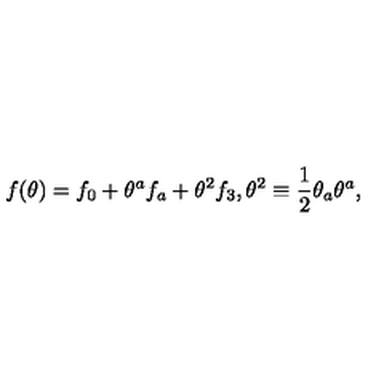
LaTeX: f ( \theta ) = f _ { 0 } + \theta ^ { a } f _ { a } + \theta ^ { 2 } f _ { 3 } , \theta ^ { 2 } \equiv \frac { 1 } { 2 } \theta _ { a } \theta ^ { a } ,